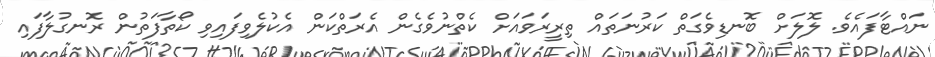
ނައްޓާފައެވެ. ލޮލަށް ބޮނޑިވެގަތް ކަރުނަތައް ތިރީރަވައަށް ކެތްނުވެގެން އެރަތްކަން އެކުލެވިފައިވި ކޯތާފަތުން ރޮނގުލާފައި